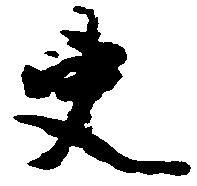
吏